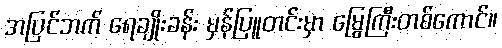
အပြင်ဘက် ရေချိုးခန်း မှန်ပြူတင်းမှာ မြွေကြီးတစ်ကောင်။